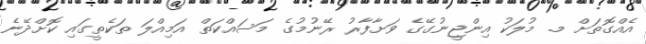
އެއްގޮތަށް މ. މުލަކު އިންޖީނުގޭގެ ވަށާފާރު ރޭނުމުގެ މަސައްކަތް އަމިއްލަ ތަކެތީގައި ކޮށްދޭނެ